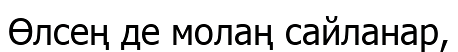
Өлсең де молаң сайланар,